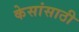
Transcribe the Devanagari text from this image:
केसांसाठी